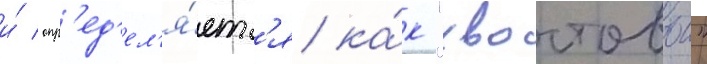
и́ опр'ед'ел'я́етс'я ка́к "хвостовои"